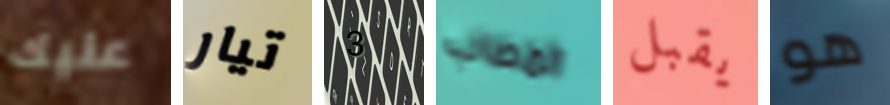
عليك تيار 3 المصاب يقبل هو